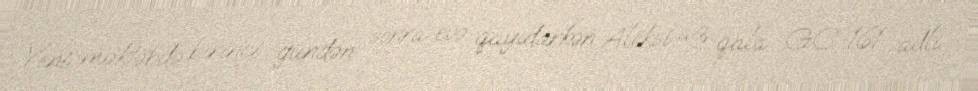
Yeni məktəbdə birinci gündən sonra evə qayıdarkən Aleksi az qala GC-161 adlı